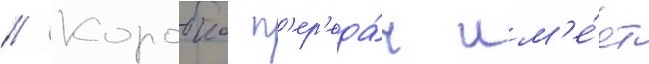
// Коробка п'ер'еда́ч им'е́ет